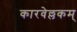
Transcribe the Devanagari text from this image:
कारवेल्लकम्‌